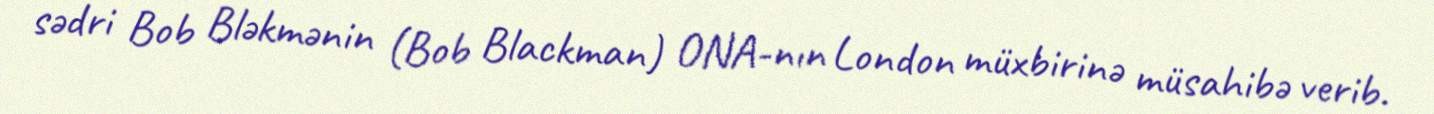
sədri Bob Bləkmənin (Bob Blackman) ONA-nın London müxbirinə müsahibə verib.